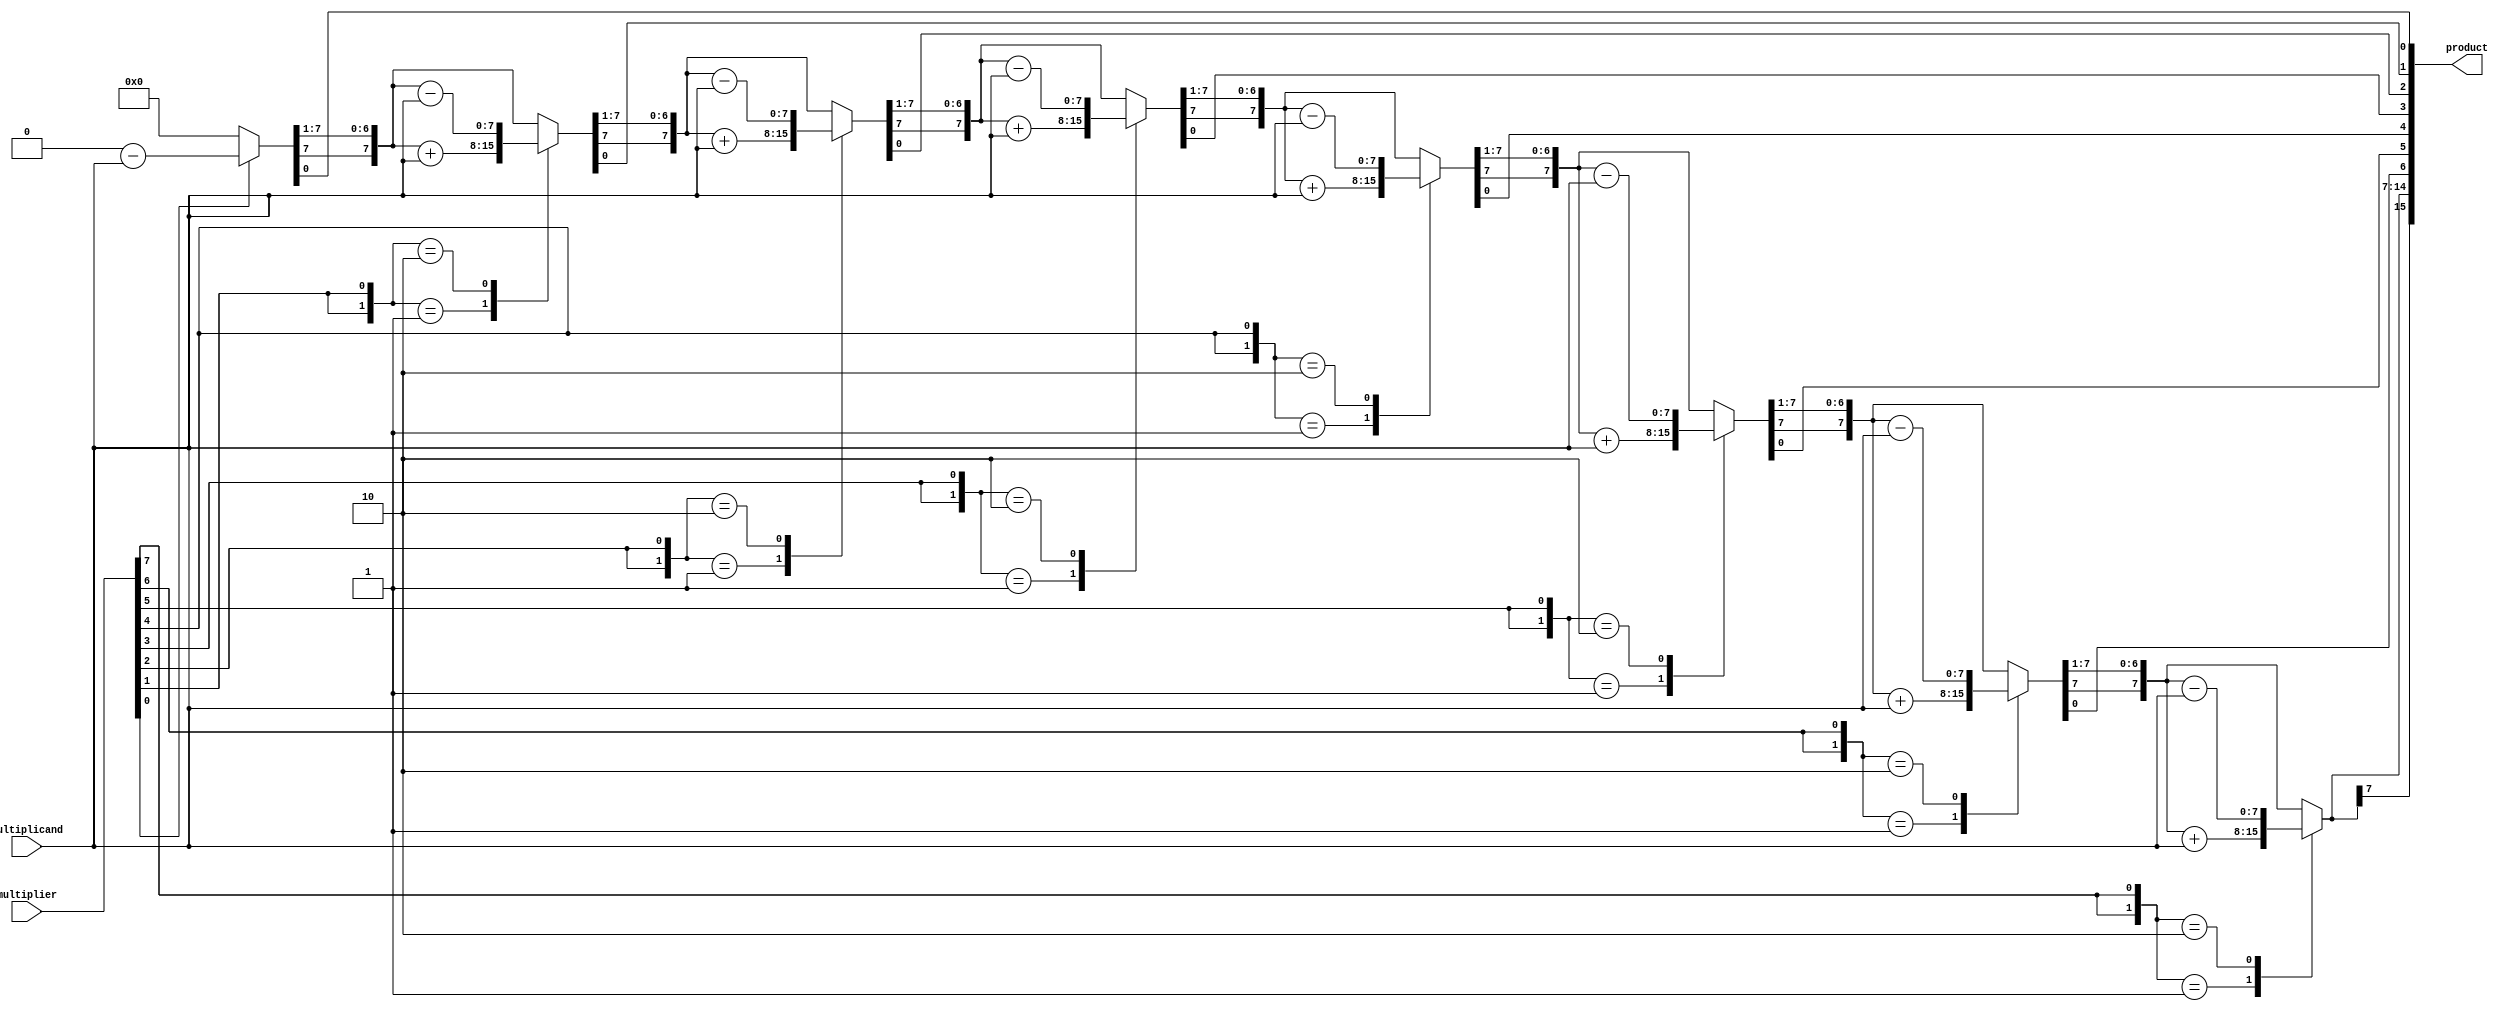
module booth_multiplier #(
    parameter WIDTH = 8 // Input bit width
)(
    input signed [WIDTH-1:0] multiplicand, // M
    input signed [WIDTH-1:0] multiplier,    // Q
    output reg signed [(2*WIDTH)-1:0] product // P
);

    reg signed [WIDTH-1:0] M;       // Multiplicand register
    reg signed [WIDTH-1:0] Q;       // Multiplier register
    reg [WIDTH-1:0] P;              // Product register
    reg Q1;                         // Q-1 register
    integer i;                     // Loop counter

    // Initial setup
    always @(*) begin
        M = multiplicand;
        Q = multiplier;
        P = 0;
        Q1 = 0;

        // Booth's algorithm
        for (i = 0; i < WIDTH; i = i + 1) begin
            case ({Q[0], Q1}) // Check last two bits of Q and Q-1
                2'b01: P = P + M; // Add M to P
                2'b10: P = P - M; // Subtract M from P
                default: ;        // No operation
            endcase
            
            // Arithmetic right shift of P and Q
            {P, Q} = {P[WIDTH-1], P, Q} >> 1; 
            Q1 = Q[0]; // Update Q-1
        end

        // Concatenate P with Q for final product
        product = {P, Q}; // Final product in product register
    end
endmodule